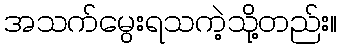
အသက်မွေးရသကဲ့သို့တည်း။